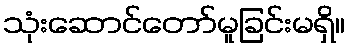
သုံးဆောင်တော်မူခြင်းမရှိ။